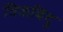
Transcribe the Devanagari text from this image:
त्रिकबिंदु